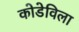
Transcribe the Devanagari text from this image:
कोडेविला